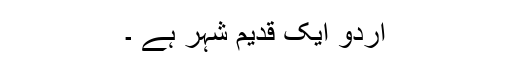
اردو ایک قدیم شہر ہے ۔